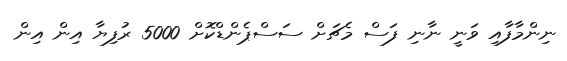
ނިންމާފާއި ވަނީ ނާނި ފަސް މެޗަށް ސަސްޕެންޑްކޮށް 5000 ރުފިޔާ އިން އިން